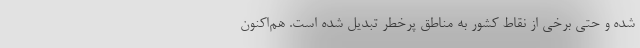
شده و حتی برخی از نقاط کشور به مناطق پرخطر تبدیل شده است. هم‌اکنون